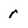
Character: r